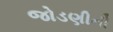
જોડણીની